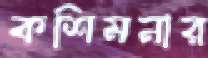
কশিমনার